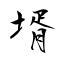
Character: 壻